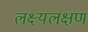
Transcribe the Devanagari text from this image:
लक्ष्यलक्षण